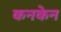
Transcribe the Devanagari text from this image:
कनकेन